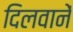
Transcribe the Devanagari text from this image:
दिलवानें